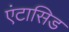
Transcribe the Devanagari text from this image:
एंटासिड